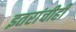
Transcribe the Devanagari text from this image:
इतरांचीही